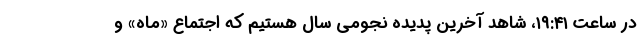
در ساعت ۱۹:۴۱، شاهد آخرین پدیده نجومی سال هستیم که اجتماع «ماه» و